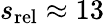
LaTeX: s_{\mathrm{rel}}\approx 13